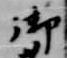
御